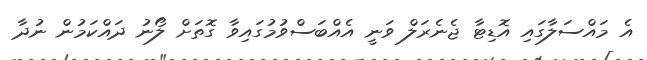
އެ މައްސަލާގައި އޮޑިޓާ ޖެނެރަލް ވަނީ އެއްބަސްވުމުގައިވާ ގޮތަށް ލޯނު ދައްކަމުން ނުދާ